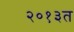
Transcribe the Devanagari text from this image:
२०१३त